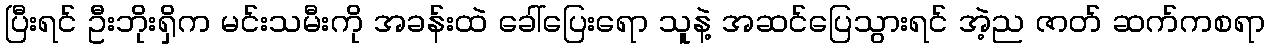
ပြီးရင် ဦးဘိုးရှိက မင်းသမီးကို အခန်းထဲ ခေါ်ပြေးရော သူနဲ့ အဆင်ပြေသွားရင် အဲ့ည ဇာတ် ဆက်ကစရာ